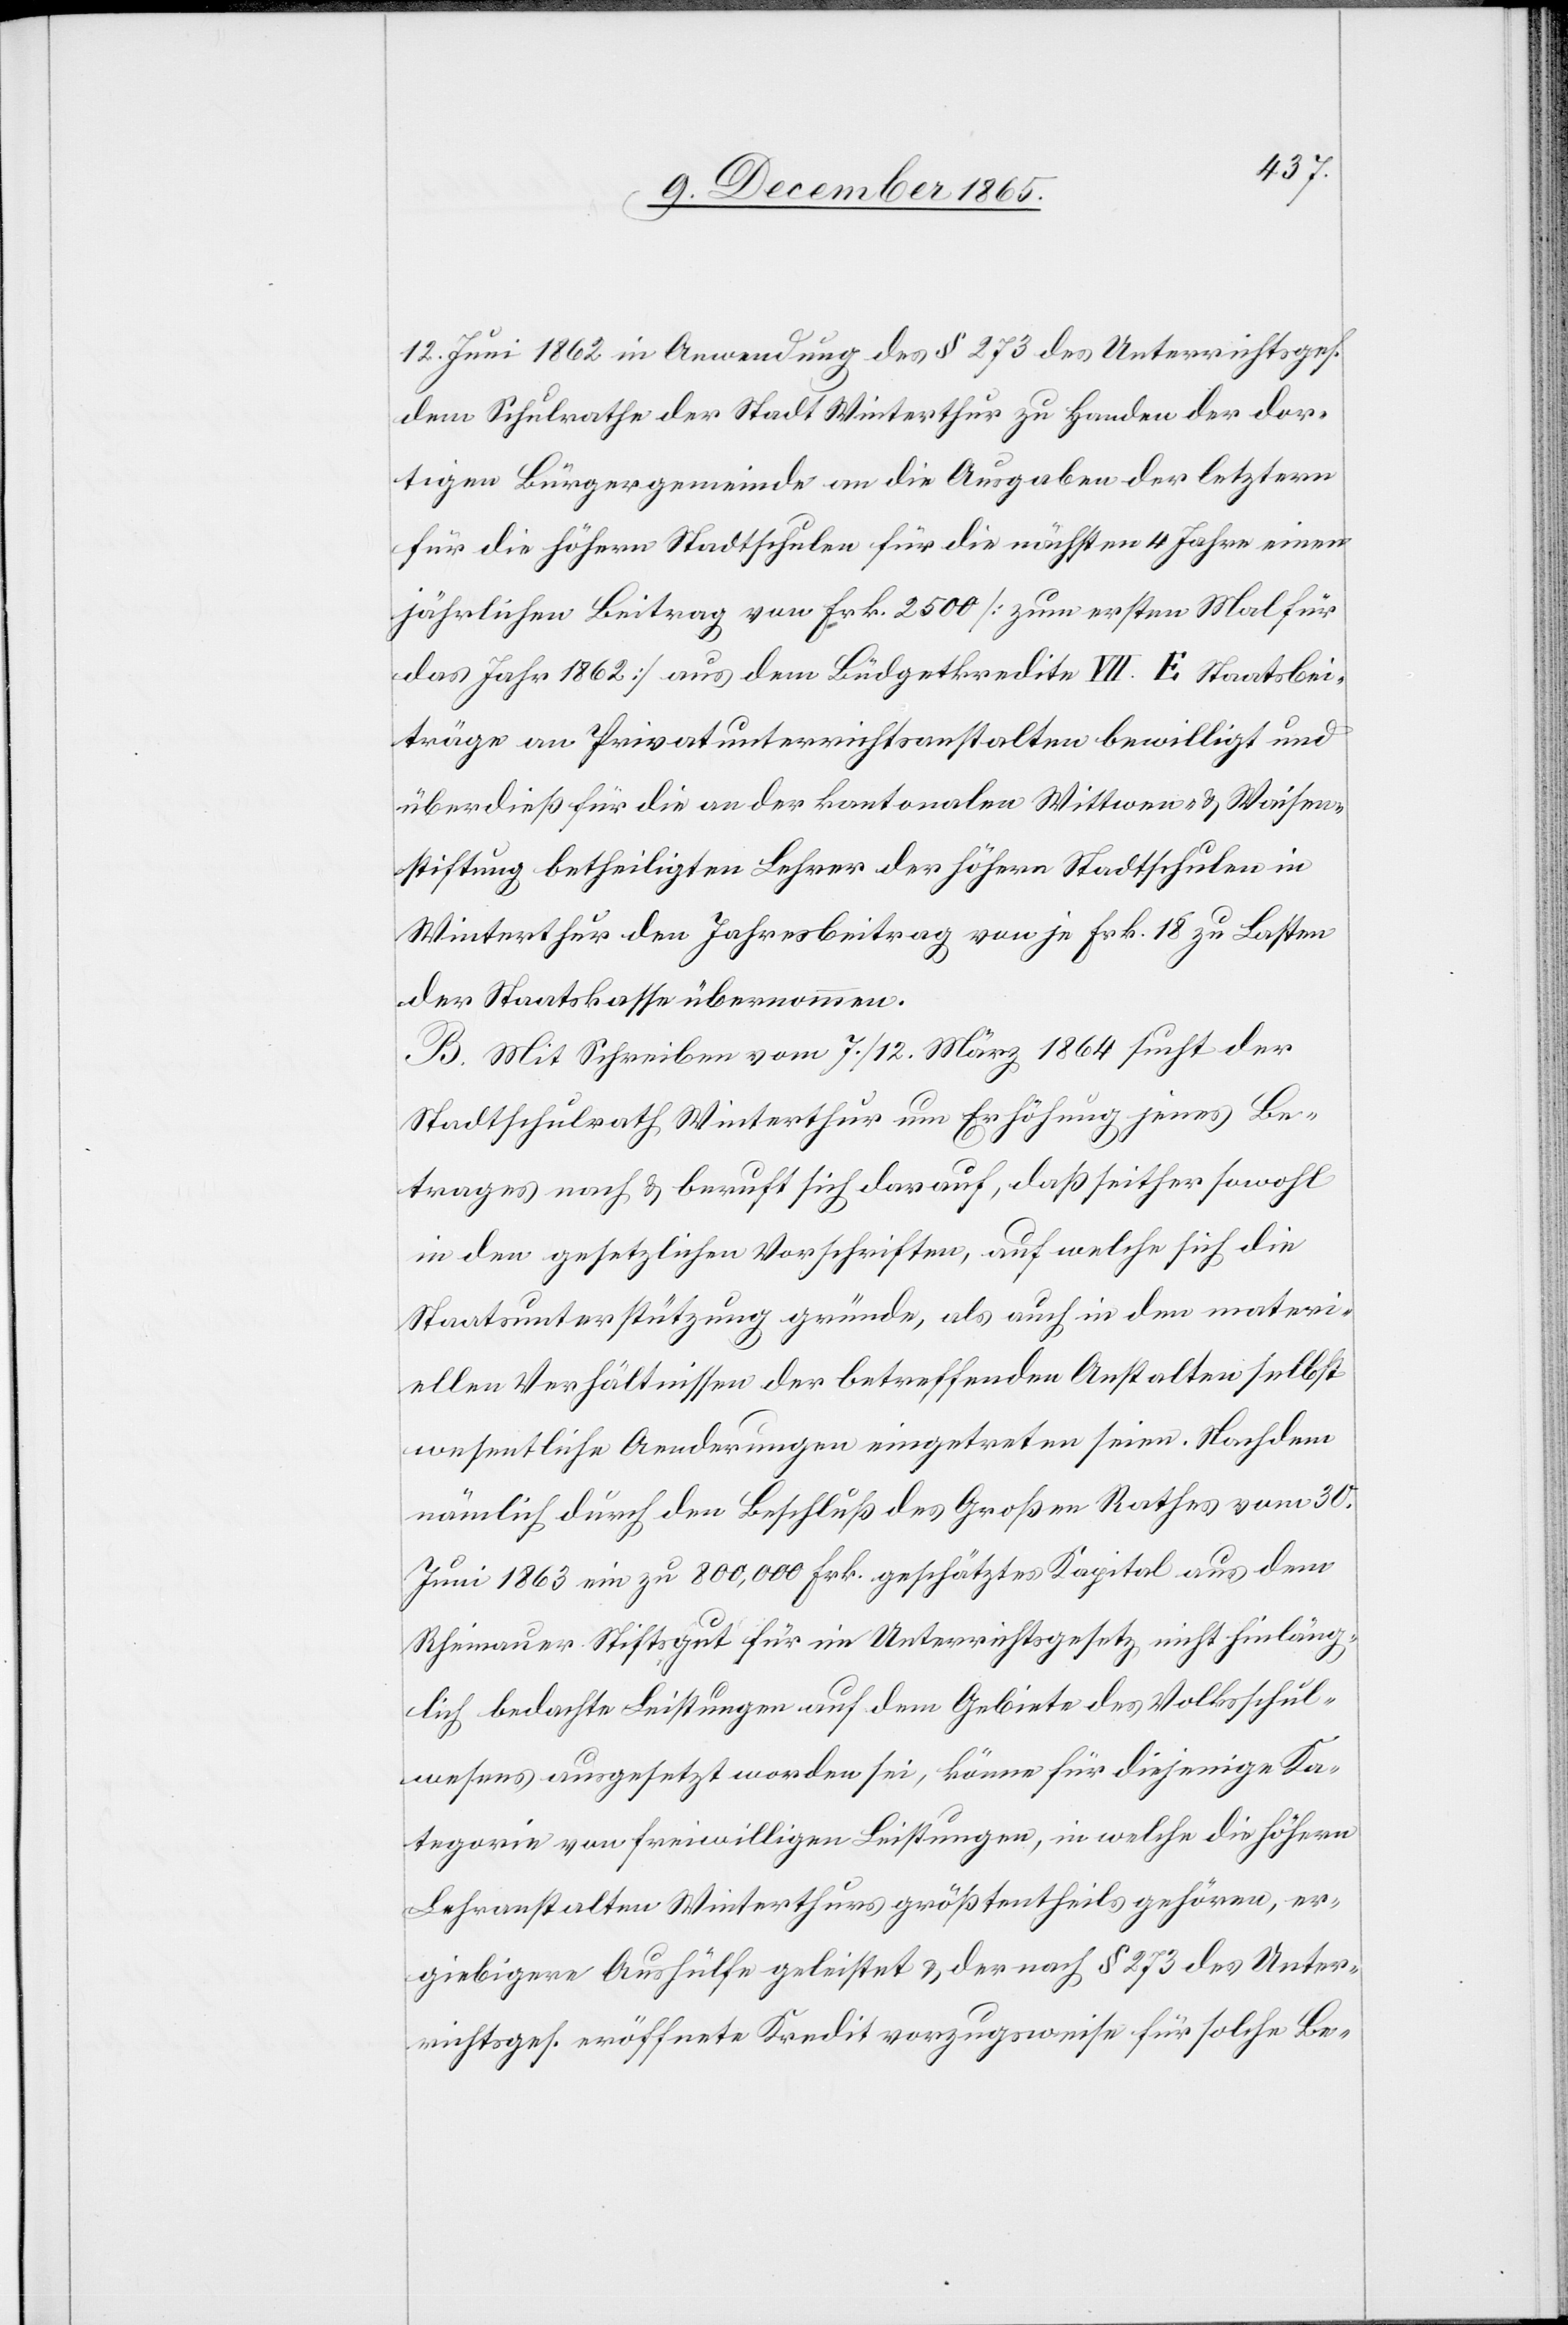
12. Juni 1862 in Anwendung des § 273 des Unterrichtsges.
dem Schulrathe der Stadt Winterthur zu Handen der dor¬
tigen Bürgergemeinde an die Ausgaben der letztern
für die höhern Stadtschulen für die nächsten 4 Jahre einen
jährlichen Beitrag von Frk. 2500 [zum ersten Mal für
das Jahr 1862] aus dem Büdgetkredite VII. E Staatsbei¬
träge an Privatunterrichtsanstalten bewilligt und
überdieß für die an der kantonalen Wittwen- & Waisen¬
stiftung betheiligten Lehrer der höhern Stadtschule in
Winterthur den Jahresbeitrag von je Frk. 18 zu Lasten
der Staatskasse übernommen.
B. Mit Schreiben vom 7./12. März 1864 sucht der
Stadtschulrath Winterthur um Erhöhung jenes Be¬
trages nach & beruft sich darauf, daß seither sowohl
in den gesetzlichen Vorschriften, auf welche sich die
Staatsunterstützung gründe, als auch in den materi¬
ellen Verhältnissen der betreffenden Anstalten selbst
wesentliche Aenderungen eingetreten seien. Nachdem
nämlich durch den Beschluß des Großen Rathes vom 30.
Juni 1863 ein zu 800,000 Frk. geschätztes Kapital aus dem
Rheinauer Stiftsgut für im Unterrichtsgesetz nicht hinläng¬
lich bedachte Leistungen auf dem Gebiete des Volksschul¬
wesens ausgesetzt worden sei, könne für diejenige Ka¬
tegorie von freiwilligen Leistungen, in welche die höhern
Lehranstalten Winterthurs größtentheils gehören, er¬
giebigere Aushülfe geleistet & der nach § 273 des Unter¬
richtsges. eröffnete Kredit vorzugsweise für solche Be-